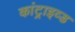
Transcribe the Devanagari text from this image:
कांट्राइव्ड